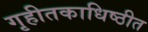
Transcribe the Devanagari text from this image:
गृहीतकाधिष्ठीत